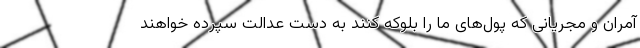
آمران و مجریانی که پول‌های ما را بلوکه کنند به دست عدالت سپرده خواهند